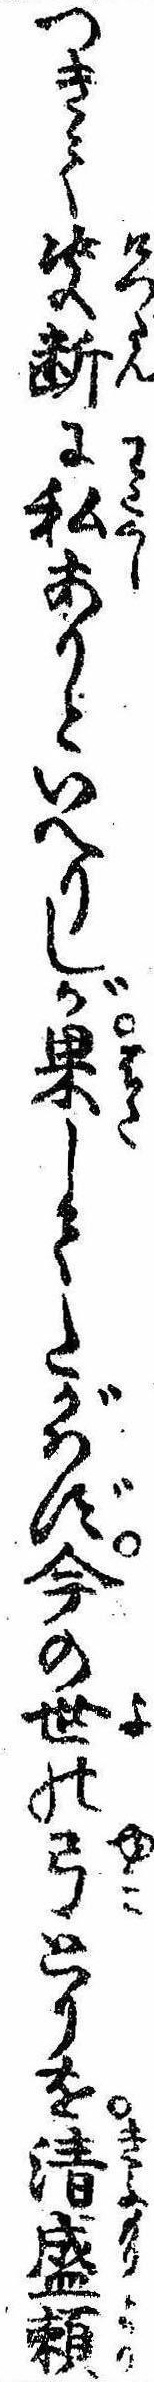
つきて決断に私ありといへりしが果してたがはず今の世の弓とりを清盛頼